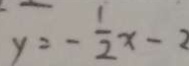
y = - \frac { 1 } { 2 } x - 2